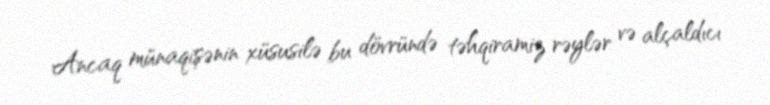
Ancaq münaqişənin xüsusilə bu dövründə təhqiramiz rəylər və alçaldıcı